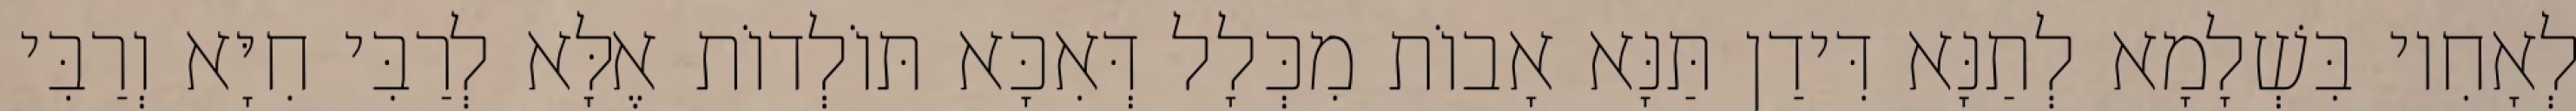
לְאָחִיו בִּשְׁלָמָא לְתַנָּא דִּידַן תַּנָּא אָבוֹת מִכְּלָל דְּאִכָּא תּוֹלְדוֹת אֶלָּא לְרַבִּי חִיָּא וְרַבִּי